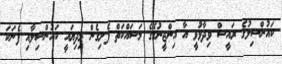
ކައުންސިލުގެ ރައީސް ވިދާޅުވީ އާ އިންޖީނުގޭގެ މަސައްކަތް ފެށިގެން މިދިޔައީ ކައުންސިލާއި ފެނަކަ